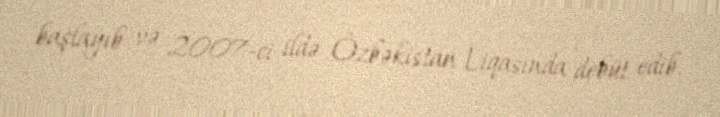
başlayıb və 2007-ci ildə Özbəkistan Liqasında debüt edib.